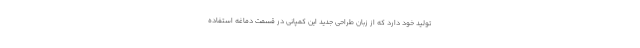
تولید خود دارد که از زبان طراحی جدید این کمپانی در قسمت دماغه استفاده